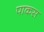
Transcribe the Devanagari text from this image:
पाकस